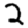
Digit: 2